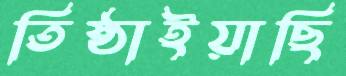
তিষ্ঠাইয়াছি